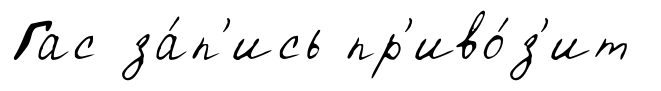
Гас за́п'ись пр'иво́з'ит